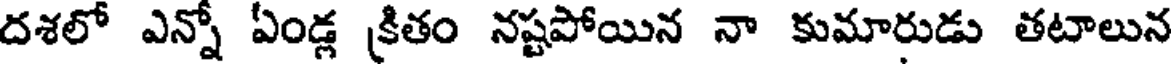
దశలో ఎన్నో ఏండ్ల క్రితం నష్టపోయిన నా కుమారుడు తటాలున